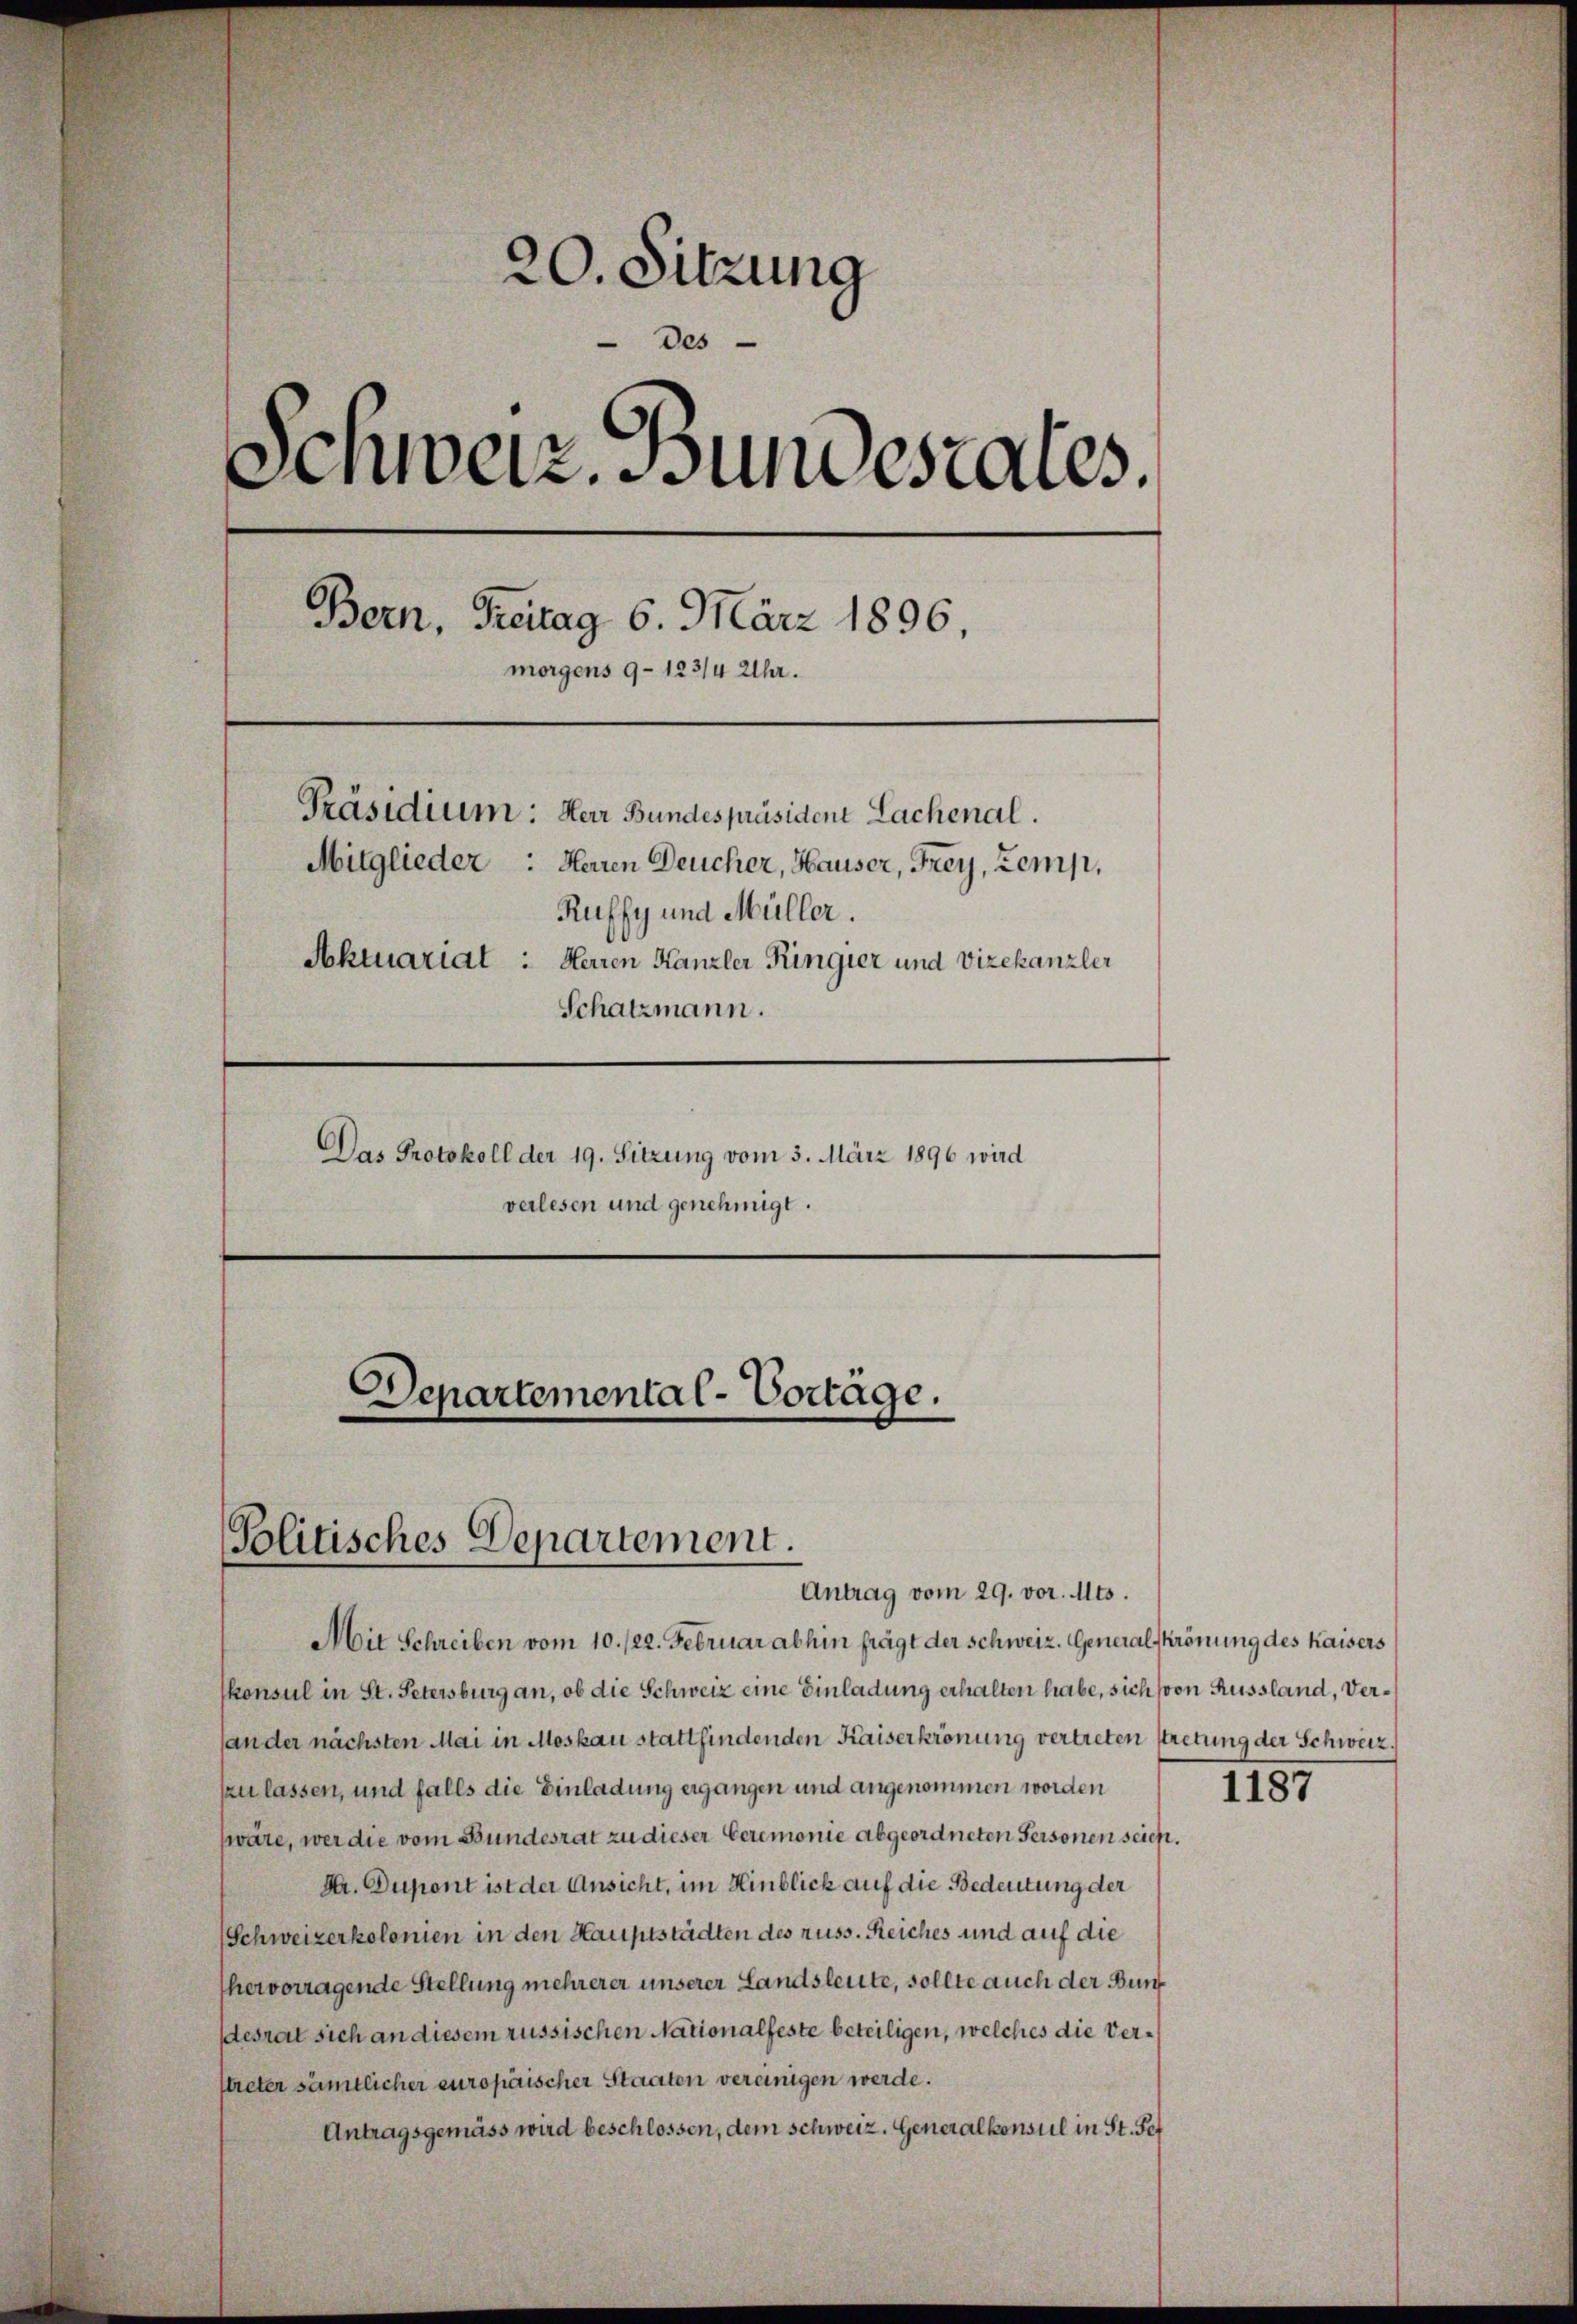
20. Sitzung
des
Schweiz. Bundesrates.
Bern, Freitag 6. März 1896.
morgens 9–123/4 Uhr.
Präsidium: Herr Bundespräsident Lachenal.
Mitglieder: Herren Deucher, Hauser, Frey, Zemp,
Ruffy und Müller.
Sktuariat: Herren Kanzler Ringier und Vizekanzler
Schatzmann.
Das Protokoll der 19. Sitzung vom 3. März 1896 wird
verlesen und genehmigt.

Departemental-Vortage.

Politisches Departement.
Antrag vom 29. vor. Mts.

Mit Schreiben vom 10. /22. Februar abhin frägt der Schweiz. General Krönung des Kaisers
skonsul in St. Petersburg an, ob die Schweiz eine Einladung erhalten habe, sich von Aussland, Verander nächsten Mai in Moskau stattfindenden Kaiserkrönung vertreten stretung der Schweiz.
zzulassen, und falls die Einladung ergangen und angenommen worden
wäre, wer die vom Bundesrat zu dieser Ceremonie abgeordneten Personen seien.
Dr. Dumont ist der Ansicht, im Hinblick auf die Bedeutung der
Schweizerkolonien in den Hauptstädten des russ. Reiches und auf die
hervorragende Stellung mehrerer unserer Landsleute, sollte auch der Bundesrat sich an diesem russischen Nationalfeste beteiligen, welches die Verpaeter sämtlicher europäischer Staaten vereinigen werde.
Antragsgemäss wird beschlossen, dem Schweiz. Generalkonsul in St. Pet

1187